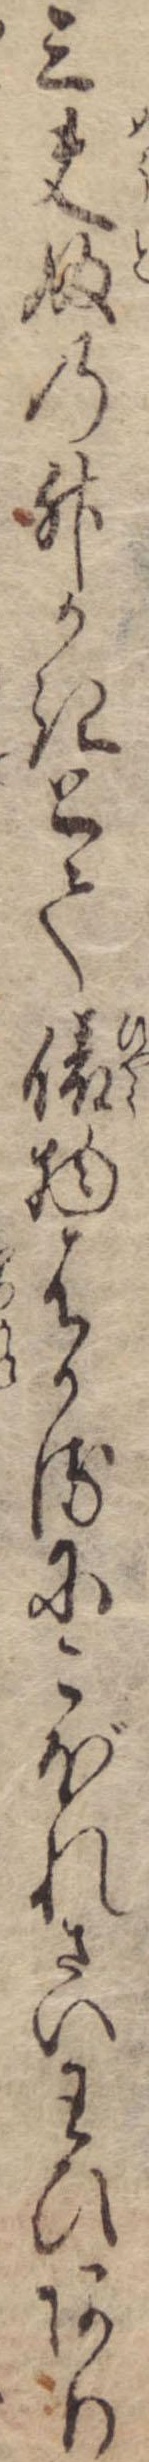
三夫婦の升かきとて俵物はかるにこぼれざいわひあり